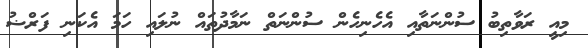
މިއީ ރަވާތިބު ސުންނަތާއި އެހެނިހެން ސުންނަތް ނަމާދުތައް ނުލައި ހަމަ އެކަނި ފަރްޟު